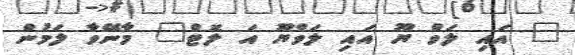
" އައި ލަވް ޔޫ އައި ލަވްޔޫ އަ ލޮޓް" މާނޭވާ ލަމުން